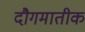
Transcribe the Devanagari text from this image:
दौगमातीक